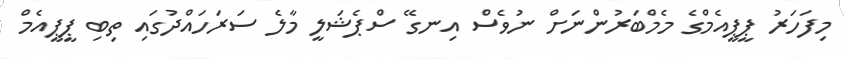
މިފަހަރު ޕީޕީއެމްގެ މެމްބަރުންނަށް ނުވެސް އިނގޭ ސްޕެޝަލީ މާލެ ސަރަހައްދުގައި ތިބި ޕީޕީއެމް